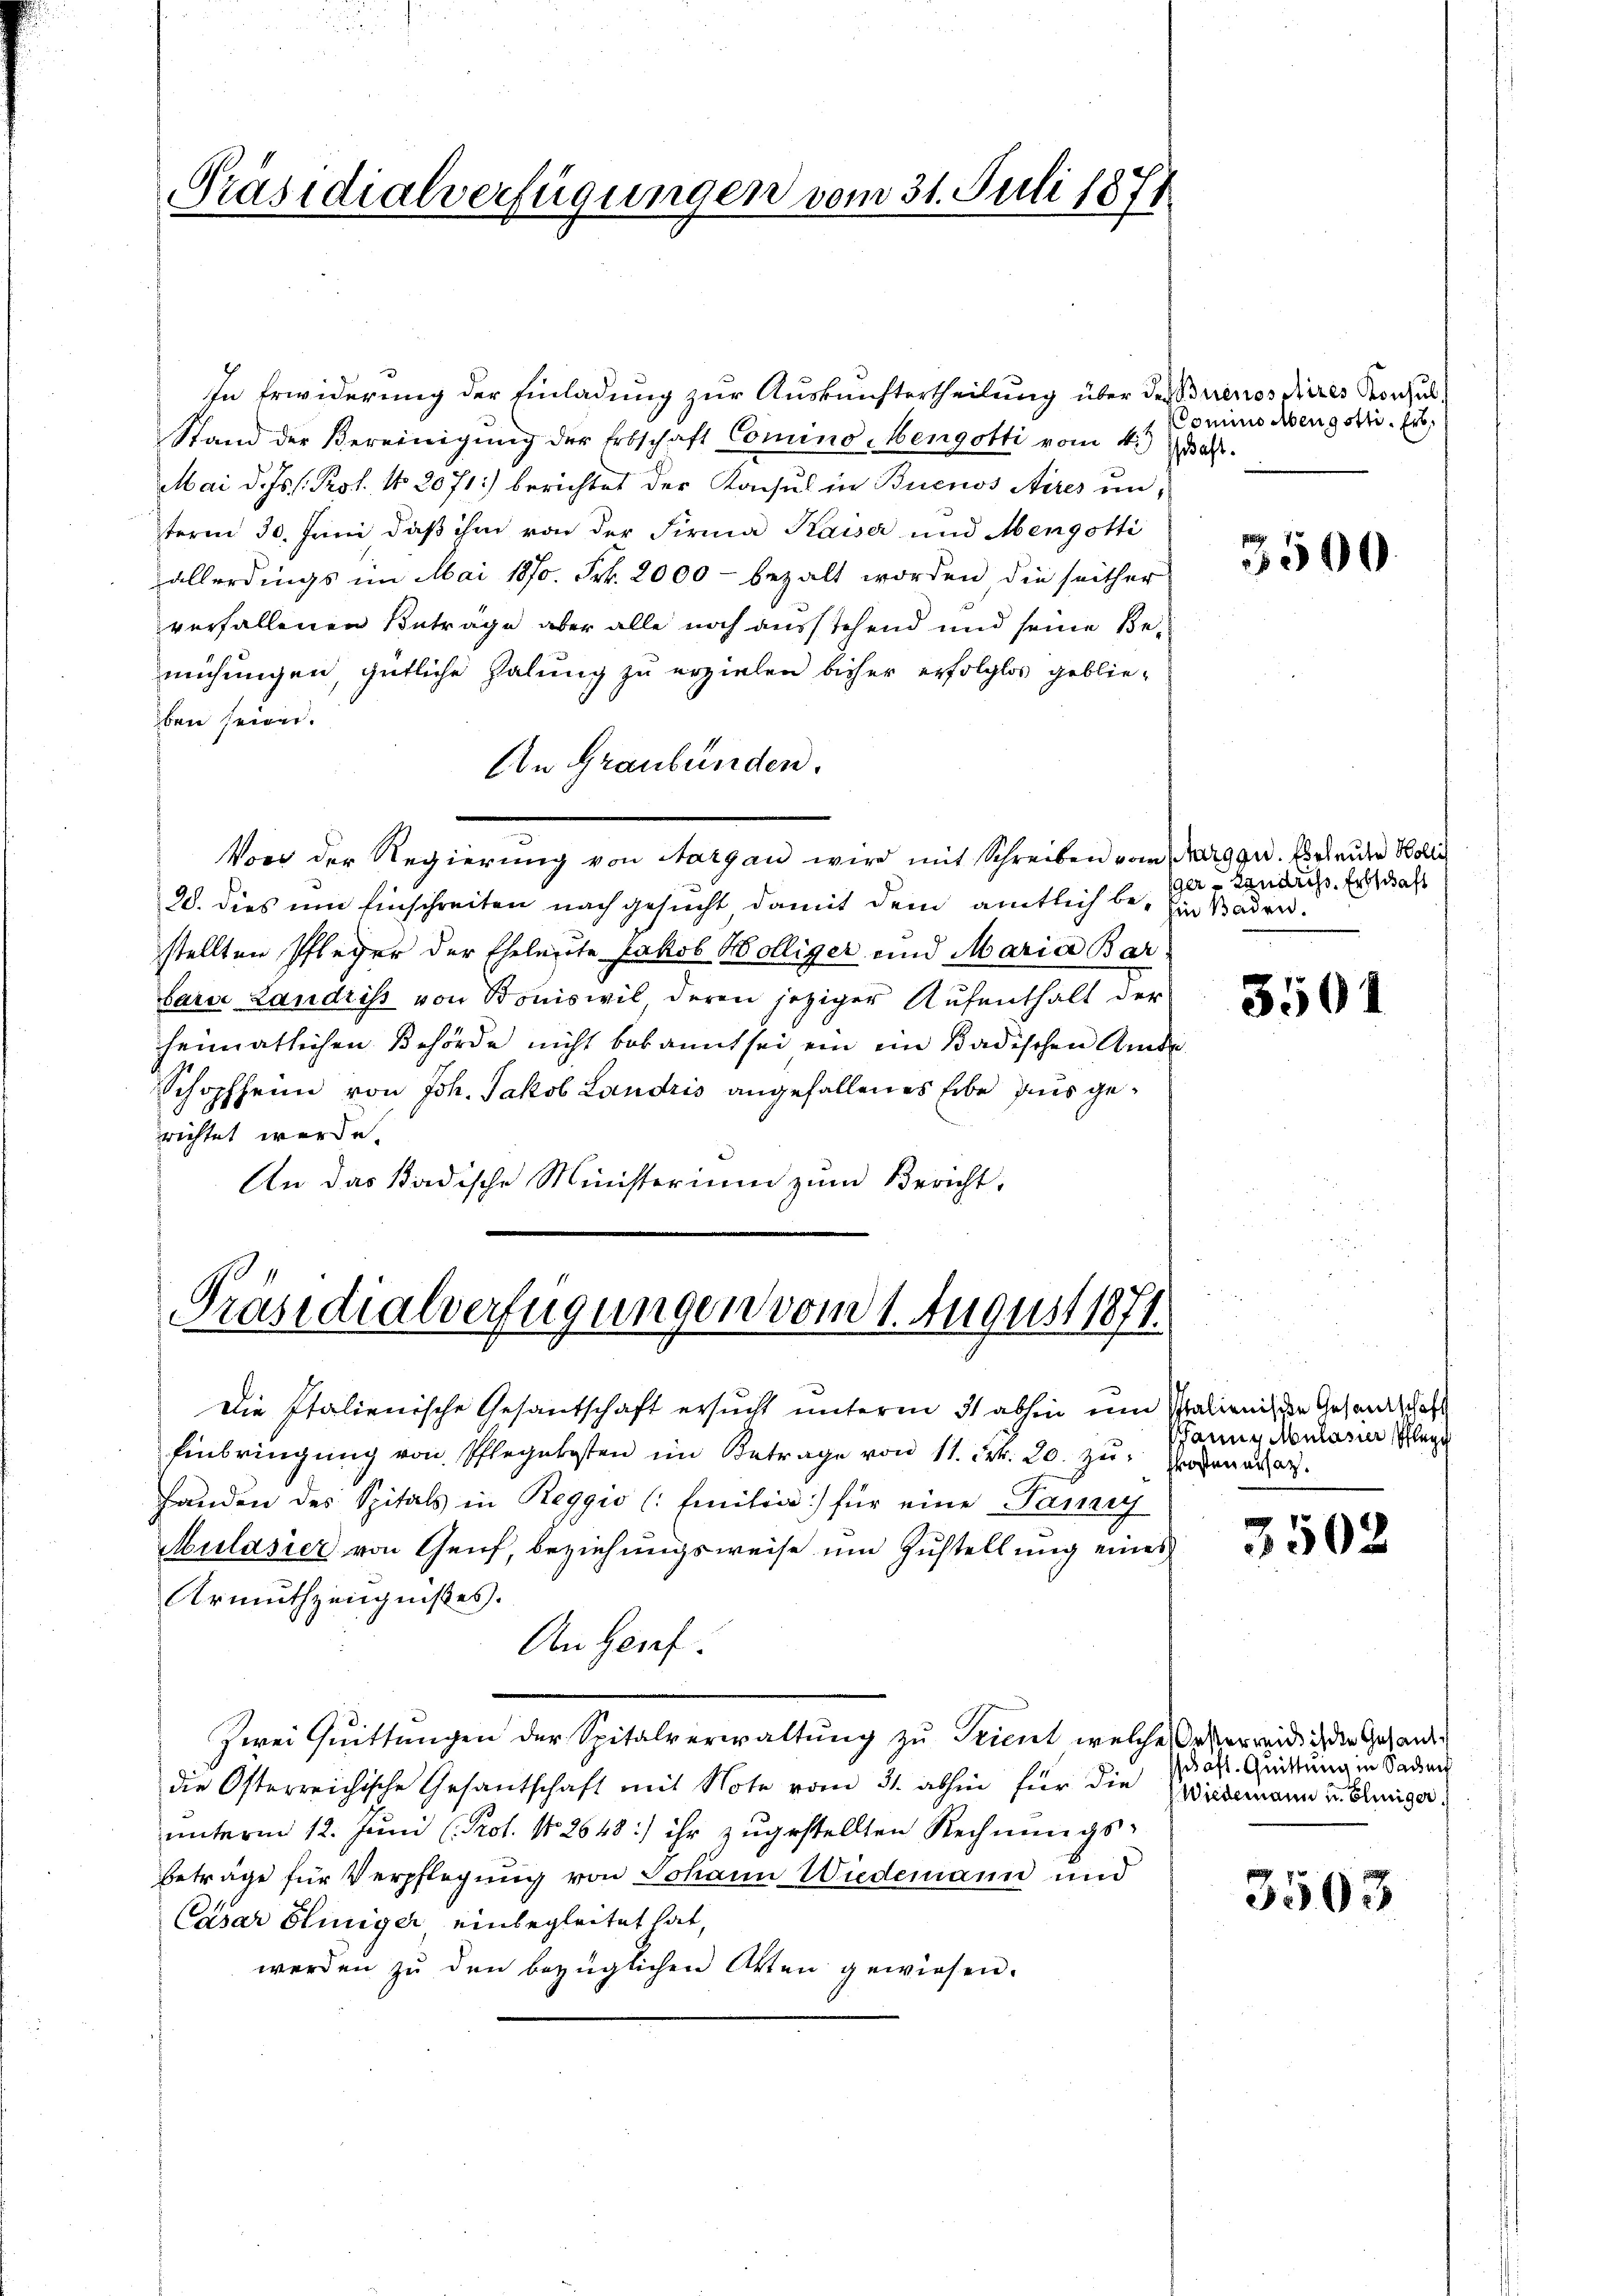
Präsidialverfügungen vom 31. Juli 1871

In Erwiderung der Einladung zur Auskunftertheilung über den Buenos Aires Konsul
Stand der Vereinigŭng der Erbschaft Comino Mengotti vom 4. dat.
Mai d. Js. Prof. No 2071) berichtet der Konsul in Buenos Aires un-
term 30. Juni, daß ihm von der Firma Kaiser und Mengotti
allerdings im Mai 1870. Frk. 2000 - bezalt worden, die seither
verfallenen Betrage aber alle noch ausstehend und seine Bemühungen, gütliche Zahlung zu erzielen bisher erfolglos geblieben seiner.
An Graubünden.
Von der Regierung von Aargau wird mit Schreiben vom Margau. Erleuten Kolle
28. dies um Einschreiten nach gesucht damit dem amtlich be- Ein Baden.
stellten Pfleger der Eheleute Jakob Wölliger und Maria Bar
barie Landriss von Boniswil, deren jetziger Aufenthalt der
heimatlichen Behörde nicht bekannt sei ein ein Badischen Amde
Schopfheim von Joh. Jakob Landris angefallenes Erbe aus gerichtet werde.
An das Badische Ministerium zum Bericht,

Präsidialverfügungen vom 1. August 1871.

Die Italienische Gesantschaft ersucht unterm 31 abhin um Salienische Gesandtschaft
Einbringung von Pflegekosten im Betrage von 11. Frk. 20. zŭ enera
Handen des Spitals in Reggio (Emilia) für eine Panzig
Kulasier von Genf, beziehungsweise um Zustellung eines
Armuthzeugnißes.
An Genf.
Zwei Quittungen der Spitalverwaltung zu Trient welche Orster weide ich die Gesandt
die Osterreichische Gesantschaft mit Note vom 31. abhin für die Wiedermann u. einiger
ŭnterm 12. Jŭni (Prot. No. 2648:) ihr zŭgestellten Rechnŭngs-
beträge für Verpflegung von Johann Wiedemann und
Casar Einiger einbegleitet hat,
werden zŭ den bezüglichen Akten gewiesen.

Pomino Mengotti. Erb

3500.

ger Landriss. Erbschaft

3501

Panns Mulasier Pflege

3502

schaft. Quittung in Sachen

3503